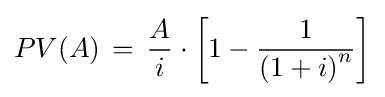
PV(A)\,=\,{\frac {A}{i}}\cdot \left[{1-{\frac {1}{\left(1+i\right)^{n}}}}\right]